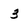
Character: 3